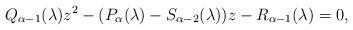
LaTeX: \begin{align*} Q_{\alpha-1}(\lambda)z^2-(P_\alpha(\lambda)-S_{\alpha-2}(\lambda))z-R_{\alpha-1}(\lambda)=0,\end{align*}